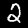
Digit: 2